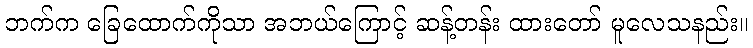
ဘက်က ခြေထောက်ကိုသာ အဘယ်ကြောင့် ဆန့်တန်း ထားတော် မူလေသနည်း။